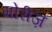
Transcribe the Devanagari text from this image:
मोरीज़